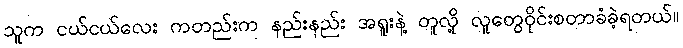
သူက ငယ်ငယ်လေး ကတည်းက နည်းနည်း အရူးနဲ့ တူလို့ လူတွေဝိုင်းစတာခံခဲ့ရတယ်။